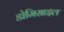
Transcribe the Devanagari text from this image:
डोमिसाइल